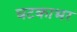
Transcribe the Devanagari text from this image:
घटकाभर